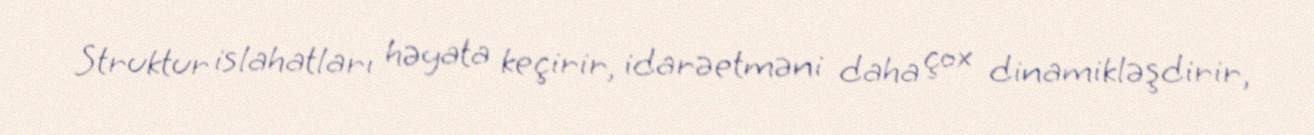
Struktur islahatları həyata keçirir, idarəetməni daha çox dinamikləşdirir,